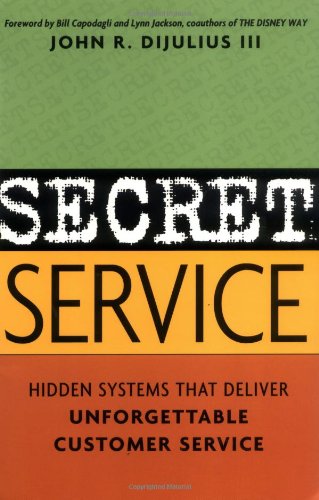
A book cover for Secret Service: Hidden Systems That Deliver Unforgettable Customer Service; John R. DiJulius III; Business & Money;